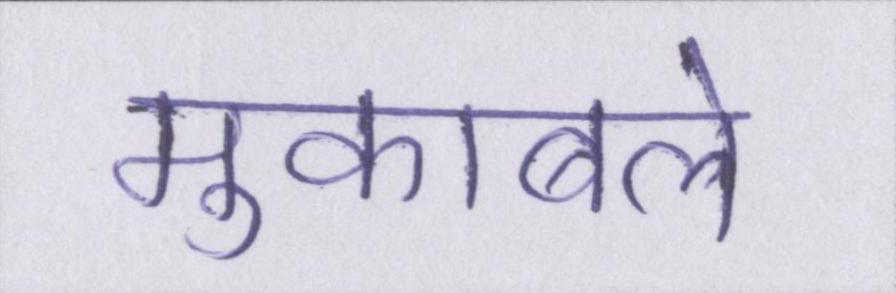
मुकाबले